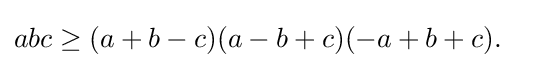
abc\geq (a+b-c)(a-b+c)(-a+b+c).\quad